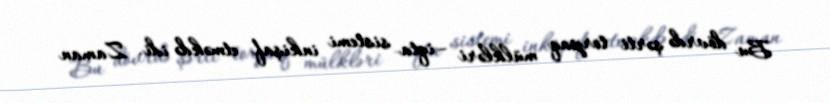
Bu dövrdə şərti torpaq mülkləri –iqta sistemi inkişaf etməkdə idi. Zaman